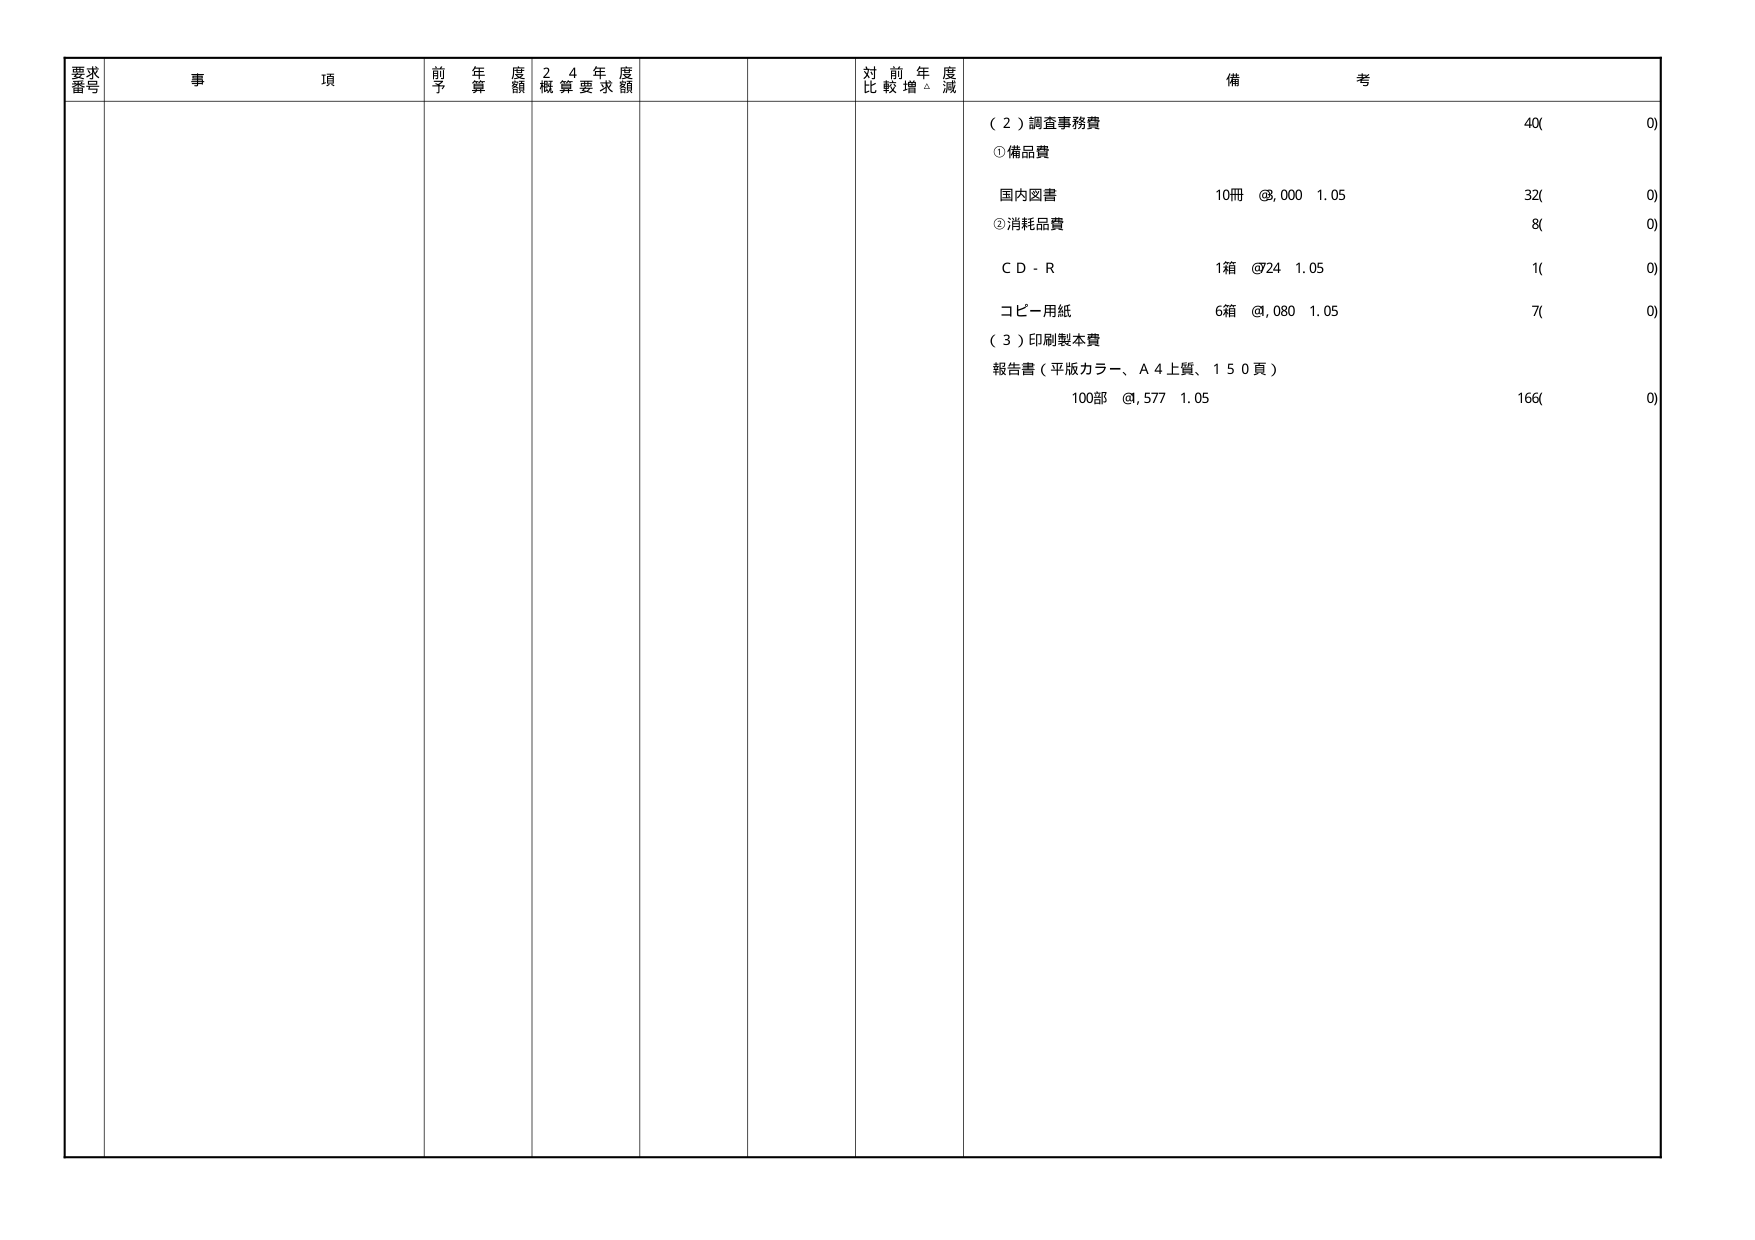
要求番号 事項 前年度予算額 24年度概算要求額 対前年度比較増減 備考
（2）調査事務費 40(0)
①備品費
国内図書 10冊 @,000 1.05 32(0)
②消耗品費 8(0)
ＣＤ－Ｒ 1箱 @724 1.05 1(0)
コピー用紙 6箱 @,080 1.05 7(0)
（3）印刷製本費
報告書（平版カラー、Ａ４上質、１５０頁）
100部 @,577 1.05 166(0)